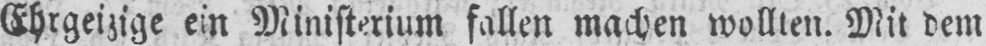
Ehrgeizige ein Ministerium fallen machen wollten. Mit dem